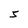
Character: 5